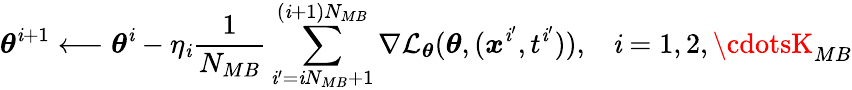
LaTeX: \boldsymbol{\theta}^{\mathit{i}+1}\longleftarrow\boldsymbol{\theta}^{\mathit{i}}-\eta_{\mathit{i}}\frac{{1}}{{N_{MB}}}\sum_{\mathit{i}^{\prime}=\mathit{i}N_{MB}+1}^{(\mathit{i}+1)N_{MB}}\nabla\mathcal{{L}}_{\boldsymbol{\theta}}(\boldsymbol{\theta},(\boldsymbol{x}^{\mathit{i}^{\prime}},t^{\mathit{i}^{\prime}})),\; \; \; \mathit{i}=1,2,\cdotsK_{MB}